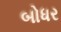
બોધર